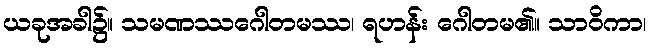
ယခုအခါ၌။ သမဏဿဂေါတမဿ၊ ရဟန်း ဂေါတမ၏။ သာဝိကာ၊